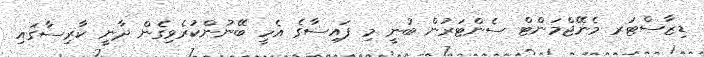
ޑިޒާސްޓަރ މެނޭޖްމަންޓް ސެންޓަރުން ބުނީ މި ފައިސާގެ އެހީ ބޭނުންކުރެވިގެން ދާނީ ކާރިސާގައި